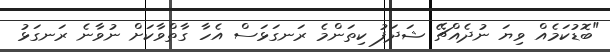
"ބޮޑުކަމެއް ވިޔަ ނުދެއްޗޭ ޝަދަފު ކިތަންމެ ރަނގަޅަސް އެހާ ގާތްވާކަށް ނުވާނެ ރަނގަޅު